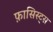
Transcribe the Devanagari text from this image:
फ़ासिस्ट्स